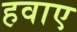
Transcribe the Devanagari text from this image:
हवाए